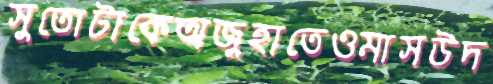
সুতোটাকেঅজুহাতেওমাসউদ